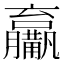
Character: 𤰑